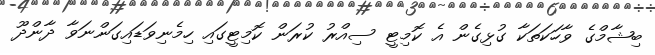
ބިޝާމްގެ ވާހަކަތަކާ ގުޅިގެން އެ ކޮމިޓީ ސިއްރު ކުރަން ކޮމިޓީގައި ހިމެނިވަޑައިގަންނަވާ ދާންދޫ